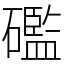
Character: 礛